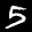
Label: 5